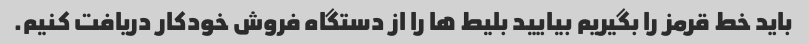
باید خط قرمز را بگیریم بیایید بلیط ها را از دستگاه فروش خودکار دریافت کنیم.